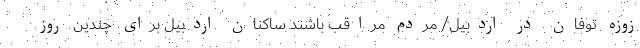
زوزه توفان در اردبیل/ مردم مراقب باشند ساکنان اردبیل برای چندین روز